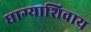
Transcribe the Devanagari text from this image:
धाग्याशिवाय